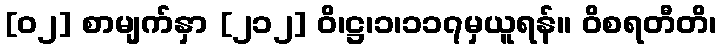
[၀၂] စာမျက်နှာ [၂၁၂] ဝိ၊ဋ္ဌ၊၁၊၁၁၇မှယူရန်။ ဝိစရတီတိ၊